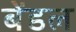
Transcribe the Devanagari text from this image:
बेंडल